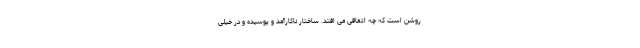
روشن است که چه اتفاقی می افتد. ساختار ناکارآمد و پوسیده و در خیلی